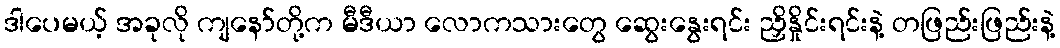
ဒါပေမယ့် အခုလို ကျနော်တို့က မီဒီယာ လောကသားတွေ ဆွေးနွေးရင်း ညှိနှိုင်းရင်းနဲ့ တဖြည်းဖြည်းနဲ့